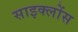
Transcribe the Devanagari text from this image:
साइक्लोंस